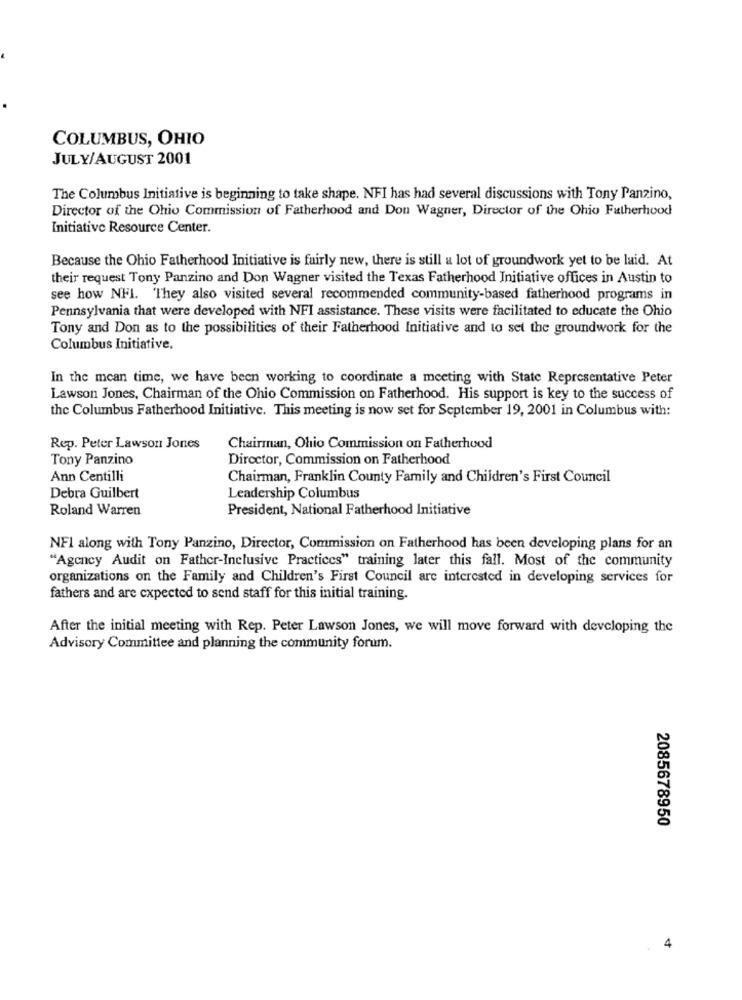
COLUMBUS, OHIO
JULY/AUGUST 2001
The Columbus Initiative is beginning to take shape. NFI has had several discussions with Tony Panzino,
Director of the Ohio Commission of Fatherhood and Don Wagner, Director of the Ohio Fatherhood
Initiative Resource Center.
Because the Ohio Fatherhood Initiative is fairly new, there is still a lot of groundwork yet to be laid. At
their request Tony Panzino and Don Wagner visited the Texas Fatherhood Initiative offices in Austin to
see how NFI. They also visited several recommended community-based fatherhood programs in
Pennsylvania that were developed with NFI assistance. These visits were facilitated to educate the Ohio
Tony and Don as to the possibilities of their Fatherhood Initiative and to set the groundwork for the
Columbus Initiative.
In the mean time, we have been working to coordinate a meeting with State Representative Peter
Lawson Jones, Chairman of the Ohio Commission on Fatherhood. His support is key to the success of
the Columbus Fatherhood Initiative. This meeting is now set for September 19, 2001 in Columbus with:
Rep. Peter Lawson Jones
Chairman, Ohio Commission on Fatherhood
Tony Panzino
Director, Commission on Fatherhood
Ann Centilli
Chairman, Franklin County Family and Children's First Council
Debra Guilbert
Leadership Columbus
Roland Warren
President, National Fatherhood Initiative
NFI along with Tony Panzino, Director, Commission on Fatherhood has been developing plans for an
"Agency Audit on Father-Inclusive Practices" training later this fall. Most of the community
organizations on the Family and Children's First Council are interested in developing services for
fathers and are expected to send staff for this initial training.
After the initial meeting with Rep. Peter Lawson Jones, we will move forward with developing the
Advisory Committee and planning the community forum.
2085678950
4